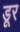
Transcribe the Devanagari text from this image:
डूर